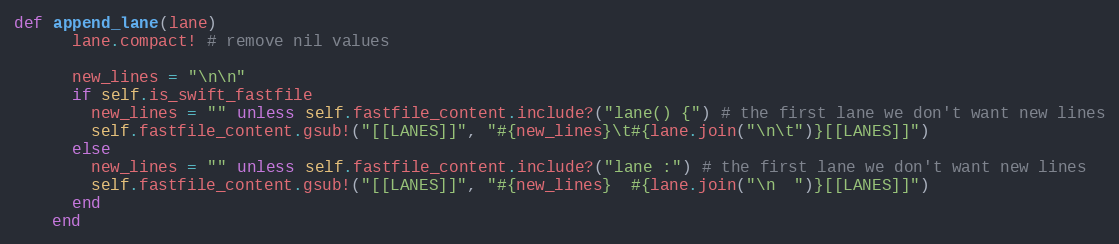
Language: Ruby
def append_lane(lane)
      lane.compact! # remove nil values

      new_lines = "\n\n"
      if self.is_swift_fastfile
        new_lines = "" unless self.fastfile_content.include?("lane() {") # the first lane we don't want new lines
        self.fastfile_content.gsub!("[[LANES]]", "#{new_lines}\t#{lane.join("\n\t")}[[LANES]]")
      else
        new_lines = "" unless self.fastfile_content.include?("lane :") # the first lane we don't want new lines
        self.fastfile_content.gsub!("[[LANES]]", "#{new_lines}  #{lane.join("\n  ")}[[LANES]]")
      end
    end